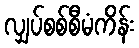
လျှပ်စစ်စီမံကိန်း